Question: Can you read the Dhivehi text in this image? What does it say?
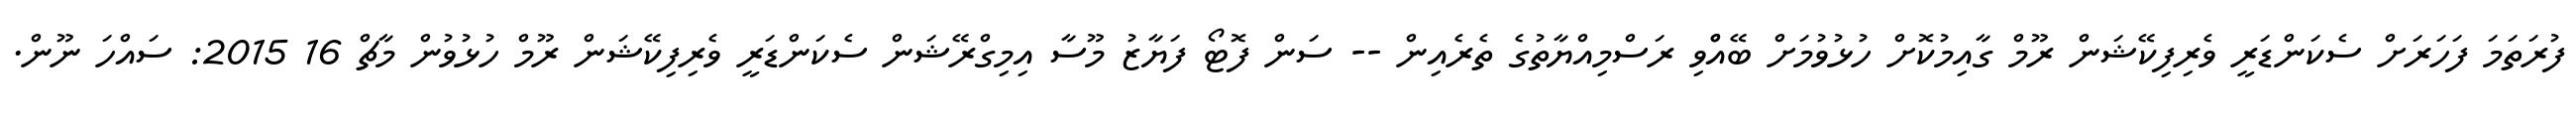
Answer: ފުރަތަމަ ފަހަރަށް ސެކަންޑަރީ ވެރިފިކޭޝަން ރޫމް ގާއިމުކޮށް ހުޅުވުމަށް ބޭއްްވި ރަސްމިއްޔާތުގެ ތެރެއިން -- ސަން ފޮޓޯ ފަޔާޒު މޫސާ އިމިގްރޭޝަން ސެކަންޑަރީ ވެރިފިކޭޝަން ރޫމް ހުޅުވުން މާޗް 16 2015: ސައްހަ ނޫން.